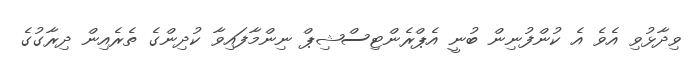
ވިދާޅުވި އެވެ އެ ކުންފުނިން ބުނީ އެޕްރެންޓިސްޝިޕް ނިންމާފައިވާ ކުދިންގެ ތެރެއިން ދިރާގުގެ